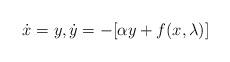
LaTeX: \begin{align*}\dot x=y, \dot y = - [\alpha y + f(x,\lambda)]\end{align*}